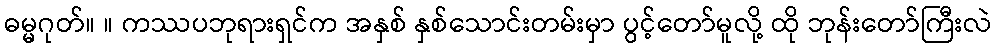
ဓမ္မဂုတ်။ ။ ကဿပဘုရားရှင်က အနှစ် နှစ်သောင်းတမ်းမှာ ပွင့်တော်မူလို့ ထို ဘုန်းတော်ကြီးလဲ